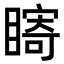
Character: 𥊘